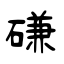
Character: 磏